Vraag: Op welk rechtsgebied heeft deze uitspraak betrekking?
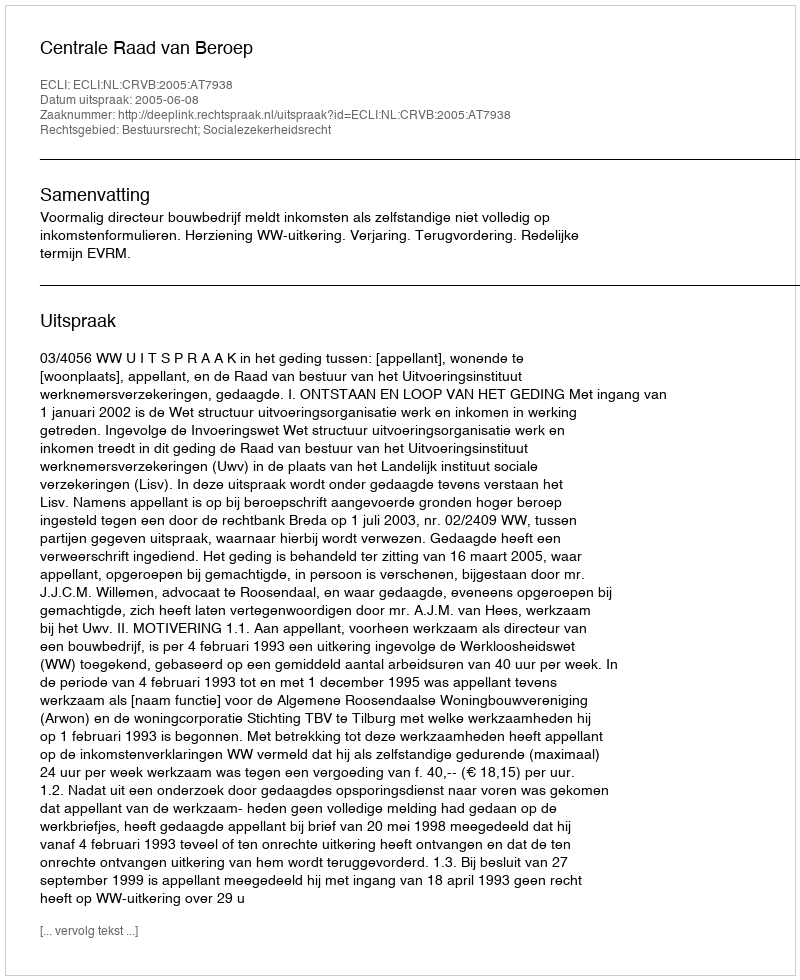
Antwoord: Bestuursrecht; Socialezekerheidsrecht